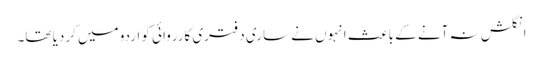
انگلش نہ آنے کے باعث انہوں نے ساری دفتری کارروائی کو اردو میں کردیا تھا۔